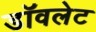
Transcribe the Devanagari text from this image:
डॉवलेट